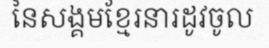
នៃសង្គមខ្មែរនារដូវចូល